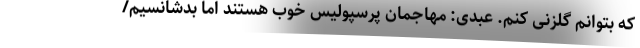
که بتوانم گلزنی کنم. عبدی: مهاجمان پرسپولیس خوب هستند اما بدشانسیم/